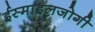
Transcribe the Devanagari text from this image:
ईस्माइलजोगी